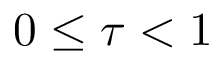
0 \le \tau < 1